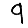
Digit: 9